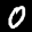
Label: 0